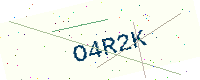
Text: O4R2K